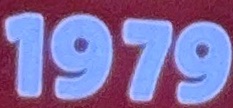
1979